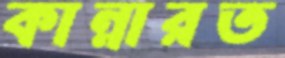
কান্নারত